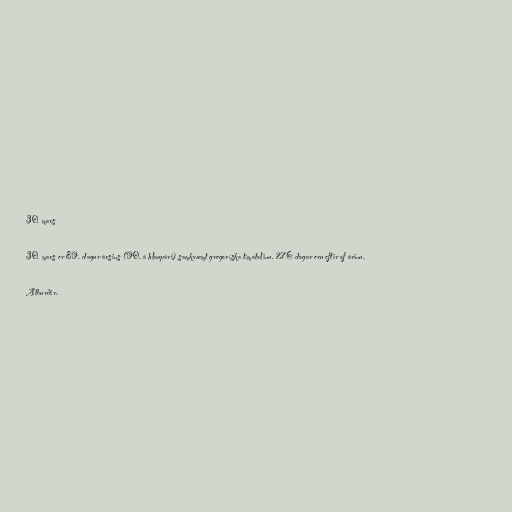
30. mars

30. mars er 89. dagur ársins (90. á hlaupári) samkvæmt gregoríska tímatalinu. 276 dagar eru eftir af árinu.

Atburðir.